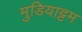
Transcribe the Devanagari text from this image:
मुडियाट्टम